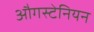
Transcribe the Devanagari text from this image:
औगस्टेनियन